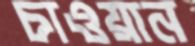
চাওয়ান